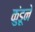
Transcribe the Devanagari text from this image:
कुंडूने